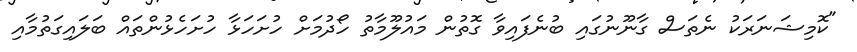
"ކޮމިޝަނަރަކު ނެތަސް ގާނޫނުގައި ބުނެފައިވާ ގޮތުން މައުލޫމާތު ހޯދުމަށް ހުށަހަޅާ ހުށަހެޅުންތައް ބަލައިގަތުމާއި